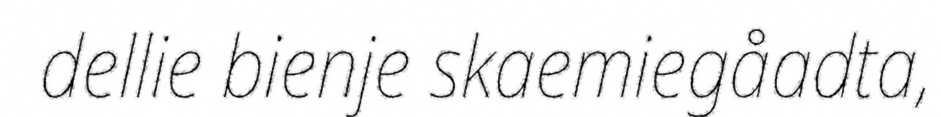
dellie bienje skaemiegåadta,